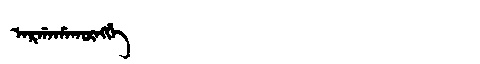
Manchu: ᠠᡵᡤᠠᡥᠠᡴᡡᠩᡤᡝ
Romanization: ARGAHAKŪNGGE